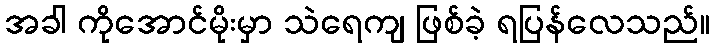
အခါ ကိုအောင်မိုးမှာ သဲရေကျ ဖြစ်ခဲ့ ရပြန်လေသည်။